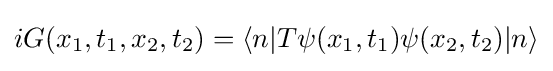
{\begin{aligned}iG(x_{1},t_{1},x_{2},t_{2})=\langle n|T\psi (x_{1},t_{1})\psi (x_{2},t_{2})|n\rangle \end{aligned}}